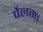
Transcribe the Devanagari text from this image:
पैलमा